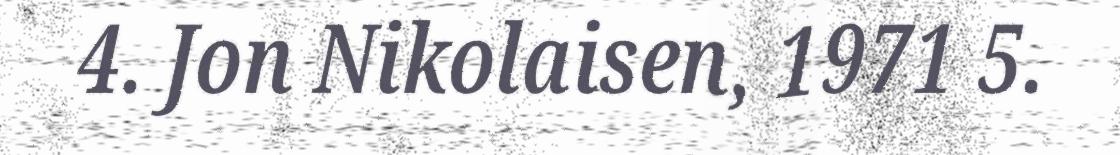
4. Jon Nikolaisen, 1971 5.